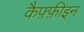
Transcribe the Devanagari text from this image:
कैफ़्फ़ीइन